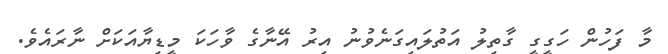
މާ ފަހުން ހަގީގީ ގާތިލު އަތުލައިގަނެވުނު އިރު އޭނާގެ ވާހަކަ މީޑިޔާއަކަށް ނާރައެވެ.